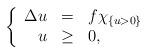
LaTeX: \begin{align*}\left\{\begin{array}{rcl}\Delta u & = & f\chi_{\{u > 0\}}\\u & \geq & 0,\end{array}\right.\end{align*}